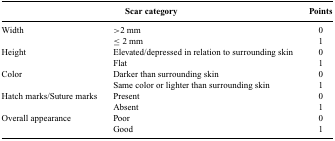
<table><thead><tr><td></td><td><b>Scar category</b></td><td><b>Points</b></td></tr></thead><tbody><tr><td>Width</td><td>&gt;2 mm</td><td>0</td></tr><tr><td></td><td>≤ 2 mm</td><td>1</td></tr><tr><td>Height</td><td>Elevated/depressed in relation to surrounding skin</td><td>0</td></tr><tr><td></td><td>Flat</td><td>1</td></tr><tr><td>Color</td><td>Darker than surrounding skin</td><td>0</td></tr><tr><td></td><td>Same color or lighter than surrounding skin</td><td>1</td></tr><tr><td>Hatch marks/Suture marks</td><td>Present</td><td>0</td></tr><tr><td></td><td>Absent</td><td>1</td></tr><tr><td>Overall appearance</td><td>Poor</td><td>0</td></tr><tr><td></td><td>Good</td><td>1</td></tr></tbody></table>